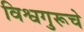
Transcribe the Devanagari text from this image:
विश्वगुरूचे